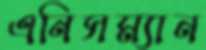
এনিসম্যান